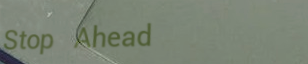
Stop Ahead